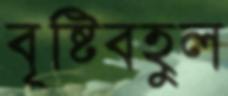
বৃষ্টিবহুল